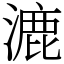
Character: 漉